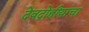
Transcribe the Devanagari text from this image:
देवद्रोहीयांचा